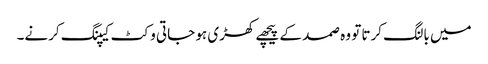
میں بالنگ کرتا تو وہ صمد کے پیچھے کھڑی ہو جاتی وکٹ کیپنگ کرنے۔